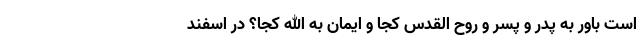
است باور به پدر و پسر و روح القدس کجا و ایمان به الله کجا؟ در اسفند